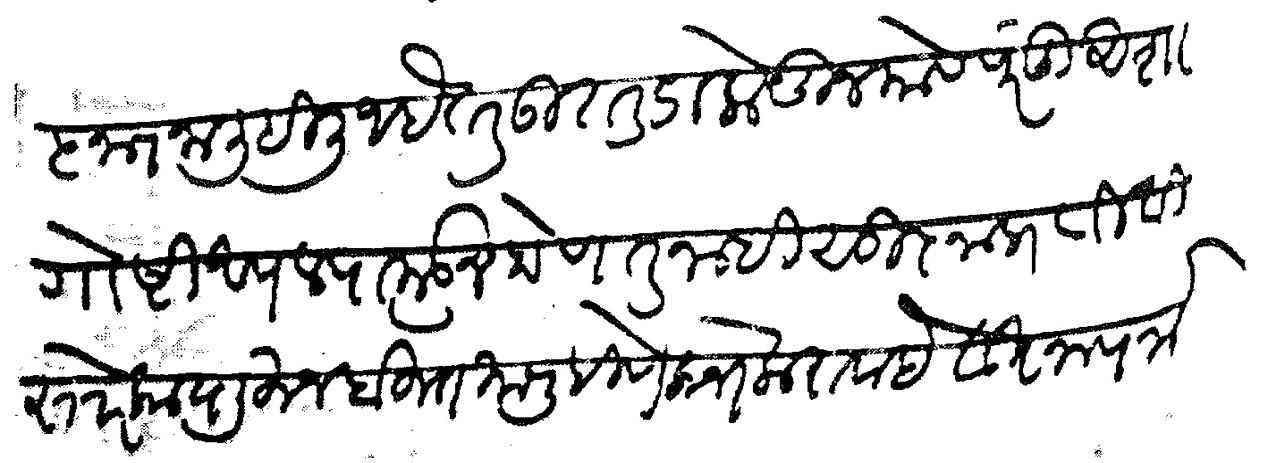
Transliteration (Devanagari): विज्ञापना लिहिली आहे तर उत्तर डाकेतून यावे परंतु अशा गोष्टी आपल्याकडून होणार नाही सूज्ञाप्रती विस्तारे काय लिहून बहुत काय लिहिणे लोभ करावा हे विज्ञापना